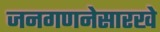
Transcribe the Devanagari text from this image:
जनगणनेसारखे